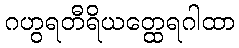
ဂဟွရတီရိယတ္ထေရဂါထာ